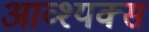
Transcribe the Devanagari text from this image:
आव्श्यक्स